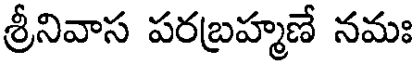
శ్రీనివాస పరబ్రహ్మణే నమః